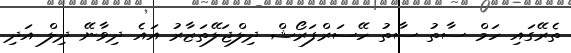
ތެރޭގައި ހަމް ސާތު ސާތު ހޭސަރްފަރޯޝް ދިލްޖަލޭތަޒާރު އައެ ދިވާނޭ ދިލް އަދި